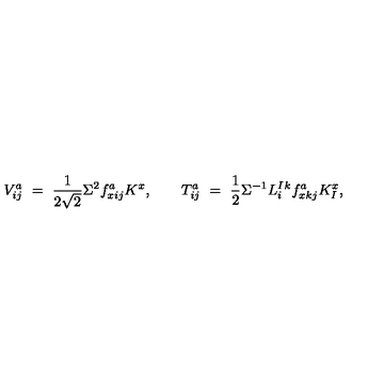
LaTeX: V _ { i j } ^ { a } \ = \ \frac { 1 } { 2 \sqrt 2 } \Sigma ^ { 2 } f _ { x i j } ^ { a } K ^ { x } , \qquad T _ { i j } ^ { a } \ = \ \frac 1 2 \Sigma ^ { - 1 } L _ { i } ^ { I } { } ^ { k } f _ { x k j } ^ { a } K _ { I } ^ { x } ,